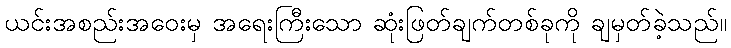
ယင်းအစည်းအဝေးမှ အရေးကြီးသော ဆုံးဖြတ်ချက်တစ်ခုကို ချမှတ်ခဲ့သည်။